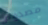
مصدوم